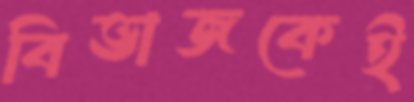
বিভাজকেই